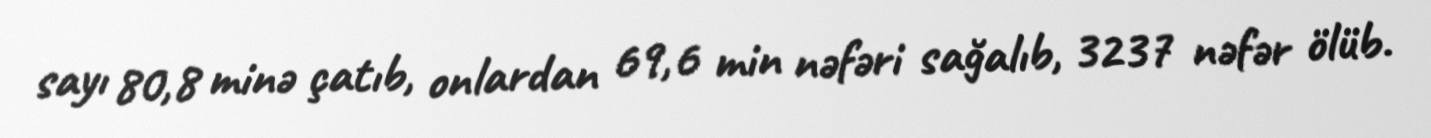
sayı 80,8 minə çatıb, onlardan 69,6 min nəfəri sağalıb, 3237 nəfər ölüb.